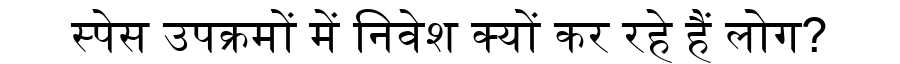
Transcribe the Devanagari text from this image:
स्पेस उपक्रमों में निवेश क्यों कर रहे हैं लोग?